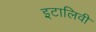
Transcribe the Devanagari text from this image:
इटालिवी